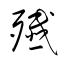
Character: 殲